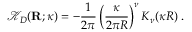
{ \mathcal K } _ { { D } } ( { \bf R } ; \kappa ) = - \frac { 1 } { 2 \pi } \left( \frac { \kappa } { 2 \pi R } \right) ^ { \nu } K _ { \nu } ( \kappa R ) \; .